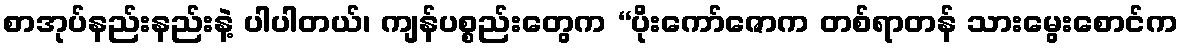
စာအုပ်နည်းနည်းနဲ့ ပါပါတယ်၊ ကျန်ပစ္စည်းတွေက “ပိုးကော်ဇောက တစ်ရာတန် သားမွေးစောင်က